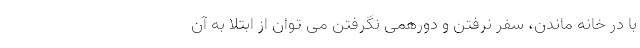
با در خانه ماندن، سفر نرفتن و دورهمی نگرفتن می توان از ابتلا به آن